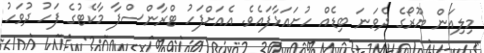
މިލިއަން ޔޫރޯގެ ދެވަނަ ބިޑެއް ހުށައަޅާފައެވެ. އެއަށްފަހު ޓްރާންސްފާ މާކެޓުގެ ފަހު ދުވަހު